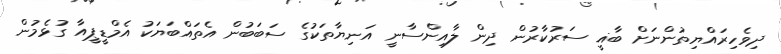
ދިވެހިރައްޔިތުންނަށް ބާޣީ ސަރުކާރުން ދިން ލާއިންސާނީ އަނިޔާތަކުގެ ސަބަބުން އެތައްބަޔަކު އެމްޑީޕީއާ ގުޅެމުން